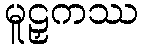
မူဠှကဿ